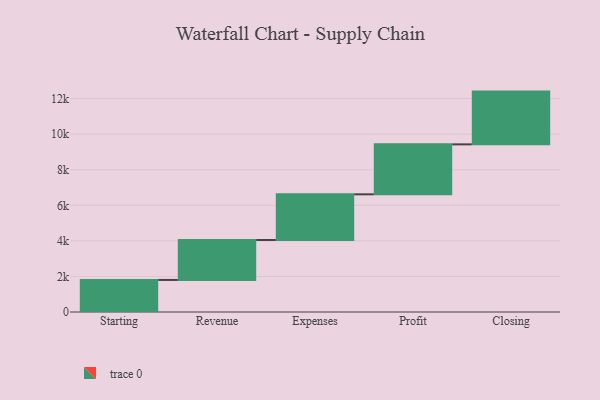
{"axis": {"x": "Step", "y": "Value"}, "legend": [""], "data": [{"x": "Starting", "y": 1803.0, "type": ""}, {"x": "Revenue", "y": 2247.0, "type": ""}, {"x": "Expenses", "y": 2568.0, "type": ""}, {"x": "Profit", "y": 2809.0, "type": ""}, {"x": "Closing", "y": 2967.0, "type": ""}]}